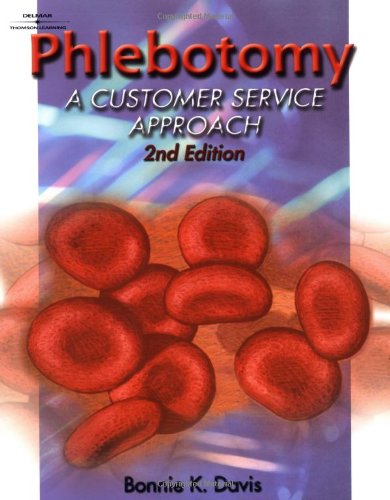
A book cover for Phlebotomy: A Customer-Service Approach; Bonnie Karen Davis; Medical Books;